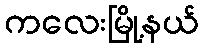
ကလေးမြို့နယ်